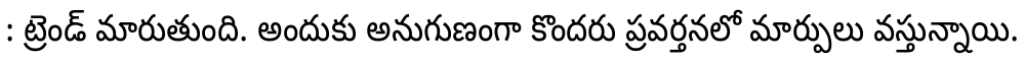
: ట్రెండ్ మారుతుంది. అందుకు అనుగుణంగా కొందరు ప్రవర్తనలో మార్పులు వస్తున్నాయి.